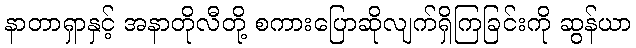
နာတာရှာနှင့် အနာတိုလီတို့ စကားပြောဆိုလျက်ရှိကြခြင်းကို ဆွန်ယာ